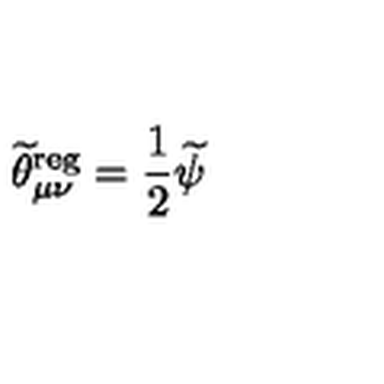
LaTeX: \widetilde { \theta } _ { \mu \nu } ^ { \mathrm { r e g } } = \frac 1 2 \widetilde { \psi }